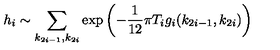
h _ { i } \sim \sum _ { k _ { 2 i - 1 } , k _ { 2 i } } \exp \left( - \frac { 1 } { 1 2 } \pi T _ { i } g _ { i } ( k _ { 2 i - 1 } , k _ { 2 i } ) \right)